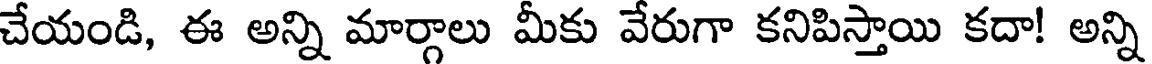
చేయండి, ఈ అన్ని మార్గాలు మీకు వేరుగా కనిపిస్తాయి కదా! అన్ని